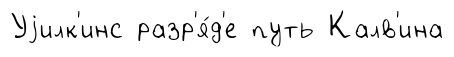
Уjилк'инс разр'я́д'е путь Калв'ина